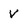
Character: v